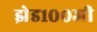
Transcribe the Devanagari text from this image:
झेड१००जी